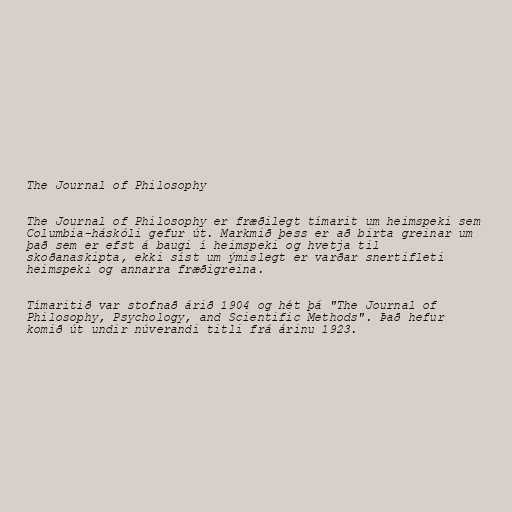
The Journal of Philosophy

The Journal of Philosophy er fræðilegt tímarit um heimspeki sem
Columbia-háskóli gefur út. Markmið þess er að birta greinar um
það sem er efst á baugi í heimspeki og hvetja til
skoðanaskipta, ekki síst um ýmislegt er varðar snertifleti
heimspeki og annarra fræðigreina.

Tímaritið var stofnað árið 1904 og hét þá "The Journal of
Philosophy, Psychology, and Scientific Methods". Það hefur
komið út undir núverandi titli frá árinu 1923.